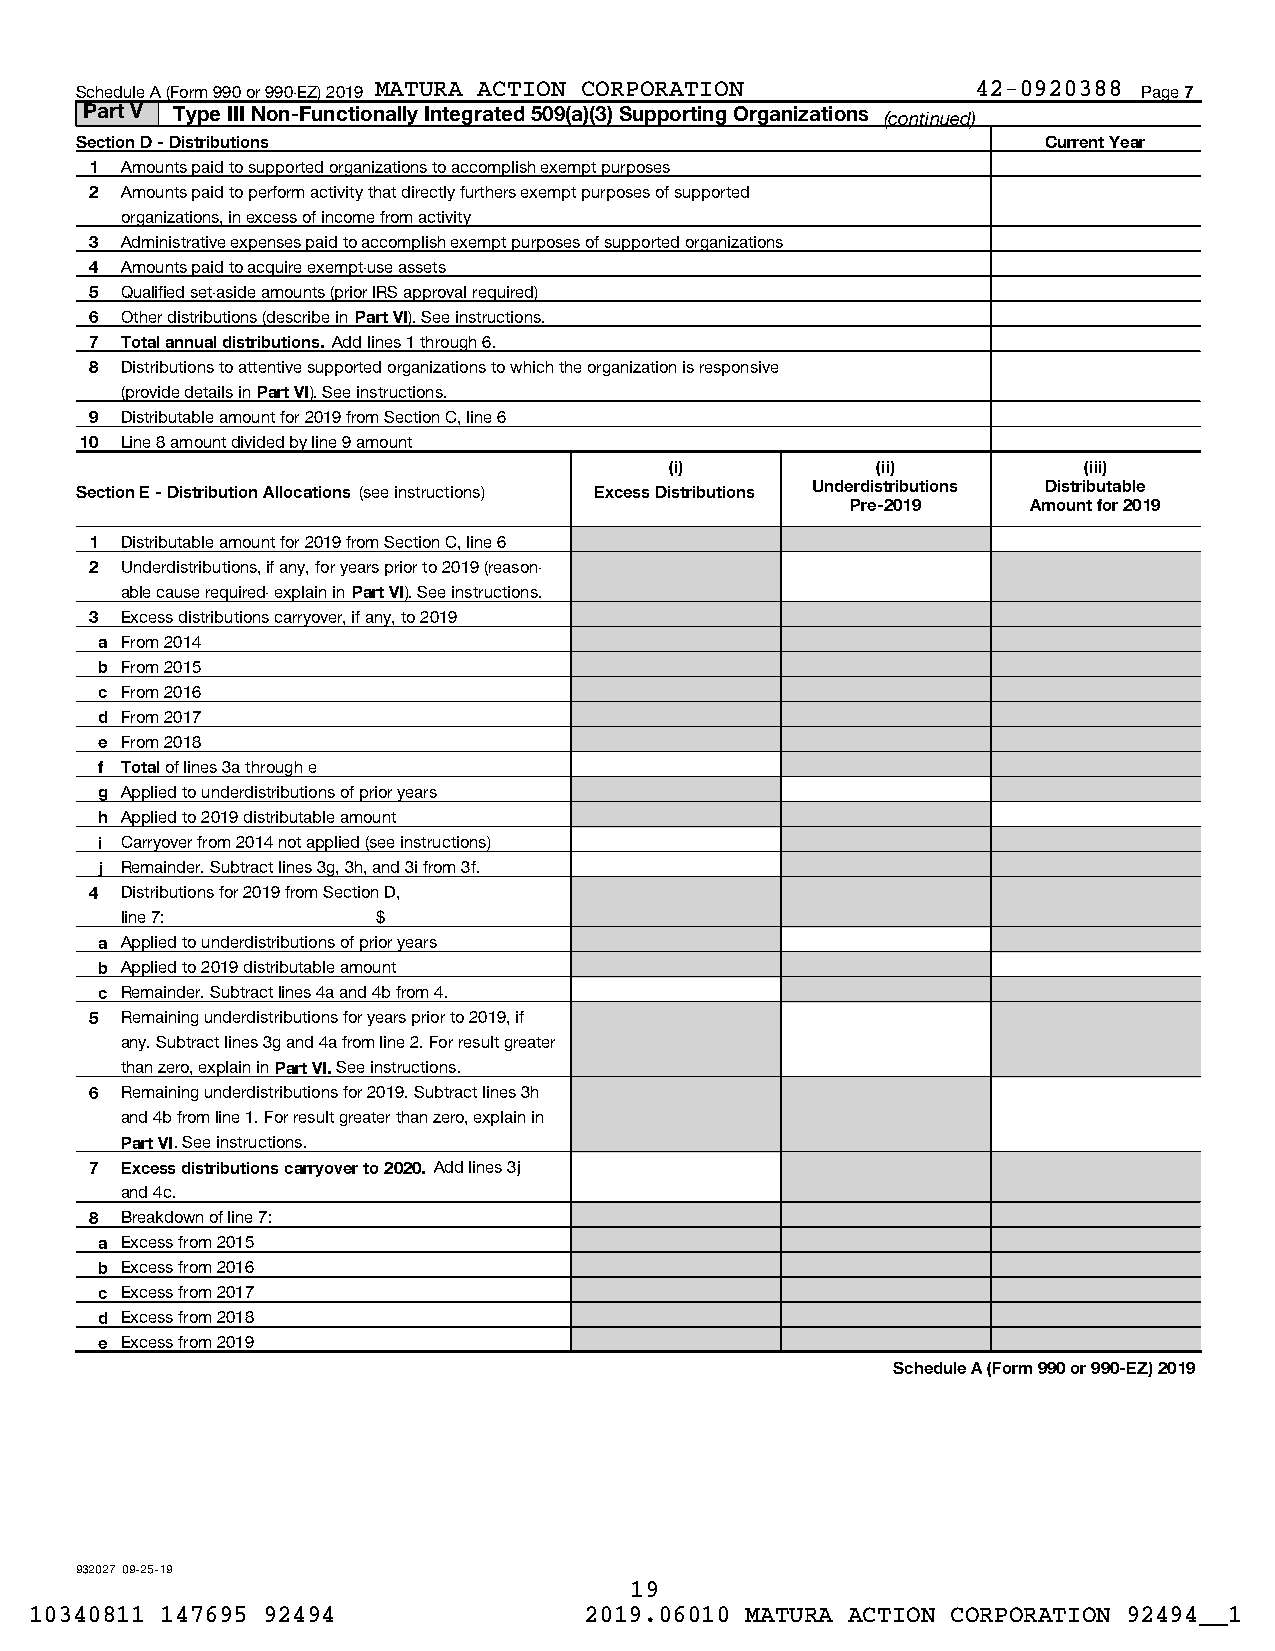
Schedule A (Form 990 or 990-EZ) 2019 MATURA ACTION CORPORATION 42-0920388 Page 7
 Part V Type III Non-Functionally Integrated 509(a)(3) Supporting Organizations (continued)
 Section D - Distributions                                       Current Year
 1 Amounts paid to supported organizations to accomplish exempt purposes
 2 Amounts paid to perform activity that directly furthers exempt purposes of supported
 organizations, in excess of income from activity
 3 Administrative expenses paid to accomplish exempt purposes of supported organizations
 4 Amounts paid to acquire exempt-use assets
 5 Qualified set-aside amounts (prior IRS approval required)
 6 Other distributions (describe in Part VI). See instructions.
 7 Total annual distributions. Add lines 1 through 6.
 8 Distributions to attentive supported organizations to which the organization is responsive
 (provide details in Part VI). See instructions.
 9 Distributable amount for 2019 from Section C, line 6
 10 Line 8 amount divided by line 9 amount
 (i)           (ii)          (iii)
 Section E - Distribution Allocations (see instructions) Excess Distributions Underdistributions Distributable
 Pre-2019    Amount for 2019
 1 Distributable amount for 2019 from Section C, line 6
 2 Underdistributions, if any, for years prior to 2019 (reason-
 able cause required- explain in Part VI). See instructions.
 3 Excess distributions carryover, if any, to 2019
 a From 2014
 b From 2015
 c From 2016
 d From 2017
 e From 2018
 f Total of lines 3a through e
 g Applied to underdistributions of prior years
 h Applied to 2019 distributable amount
 i Carryover from 2014 not applied (see instructions)
 j Remainder. Subtract lines 3g, 3h, and 3i from 3f.
 4 Distributions for 2019 from Section D,
 line 7:          $
 a Applied to underdistributions of prior years
 b Applied to 2019 distributable amount
 c Remainder. Subtract lines 4a and 4b from 4.
 5 Remaining underdistributions for years prior to 2019, if
 any. Subtract lines 3g and 4a from line 2. For result greater
 than zero, explain in Part VI. See instructions.
 6 Remaining underdistributions for 2019. Subtract lines 3h
 and 4b from line 1. For result greater than zero, explain in
 Part VI. See instructions.
 7 Excess distributions carryover to 2020. Add lines 3j
 and 4c.
 8 Breakdown of line 7:
 a Excess from 2015
 b Excess from 2016
 c Excess from 2017
 d Excess from 2018
 e Excess from 2019
 Schedule A (Form 990 or 990-EZ) 2019
 932027 09-25-19
 19
 10340811 147695 92494                2019.06010 MATURA ACTION CORPORATION 92494__1